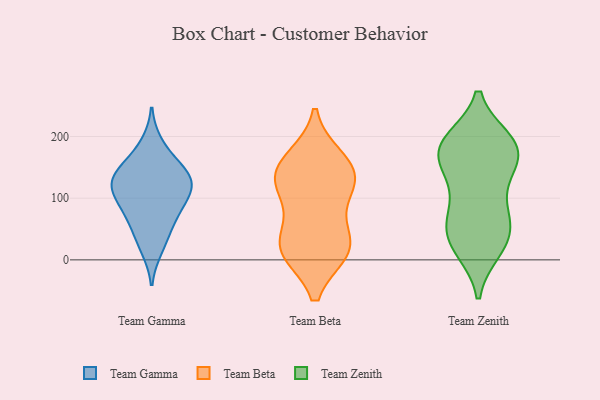
{"axis": {"x": "Market Share (%)", "y": "Value"}, "legend": ["Team Beta", "Team Gamma", "Team Zenith"], "data": [{"x": "", "y": 127, "type": "Team Gamma"}, {"x": "", "y": 69, "type": "Team Gamma"}, {"x": "", "y": 113, "type": "Team Gamma"}, {"x": "", "y": 121, "type": "Team Gamma"}, {"x": "", "y": 187, "type": "Team Gamma"}, {"x": "", "y": 40, "type": "Team Gamma"}, {"x": "", "y": 156, "type": "Team Gamma"}, {"x": "", "y": 137, "type": "Team Gamma"}, {"x": "", "y": 90, "type": "Team Gamma"}, {"x": "", "y": 19, "type": "Team Gamma"}, {"x": "", "y": 77, "type": "Team Gamma"}, {"x": "", "y": 143, "type": "Team Gamma"}, {"x": "", "y": 116, "type": "Team Gamma"}, {"x": "", "y": 126, "type": "Team Beta"}, {"x": "", "y": 17, "type": "Team Beta"}, {"x": "", "y": 164, "type": "Team Beta"}, {"x": "", "y": 145, "type": "Team Beta"}, {"x": "", "y": 118, "type": "Team Beta"}, {"x": "", "y": 15, "type": "Team Beta"}, {"x": "", "y": 53, "type": "Team Beta"}, {"x": "", "y": 114, "type": "Team Beta"}, {"x": "", "y": 15, "type": "Team Beta"}, {"x": "", "y": 154, "type": "Team Beta"}, {"x": "", "y": 20, "type": "Team Beta"}, {"x": "", "y": 191, "type": "Team Zenith"}, {"x": "", "y": 34, "type": "Team Zenith"}, {"x": "", "y": 65, "type": "Team Zenith"}, {"x": "", "y": 22, "type": "Team Zenith"}, {"x": "", "y": 181, "type": "Team Zenith"}, {"x": "", "y": 77, "type": "Team Zenith"}, {"x": "", "y": 193, "type": "Team Zenith"}, {"x": "", "y": 26, "type": "Team Zenith"}, {"x": "", "y": 189, "type": "Team Zenith"}, {"x": "", "y": 67, "type": "Team Zenith"}, {"x": "", "y": 189, "type": "Team Zenith"}, {"x": "", "y": 68, "type": "Team Zenith"}, {"x": "", "y": 17, "type": "Team Zenith"}, {"x": "", "y": 143, "type": "Team Zenith"}, {"x": "", "y": 137, "type": "Team Zenith"}, {"x": "", "y": 169, "type": "Team Zenith"}, {"x": "", "y": 175, "type": "Team Zenith"}, {"x": "", "y": 138, "type": "Team Zenith"}]}